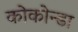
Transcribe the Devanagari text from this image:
कोकोन्डा